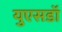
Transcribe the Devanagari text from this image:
युएसडॉ